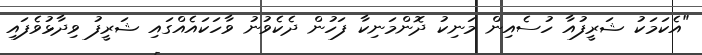
"އެކަމަކު ޝަރީފުއާ ހުސެއިން މަނިކު ދޮންމަނިކާ ފަހުން ދެކެވުނު ވާހަކައެއްގައި ޝަރީފު ވިދާޅުވެފައި